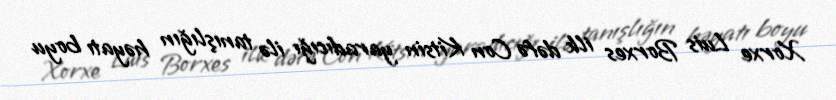
Xorxe Luis Borxes ilk dəfə Con Kitsin yaradıcığı ilə tanışlığın həyatı boyu